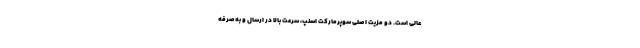
عالی است. دو مزیت اصلی سوپرمارکت اسنپ، سرعت بالا در ارسال و به‌صرفه